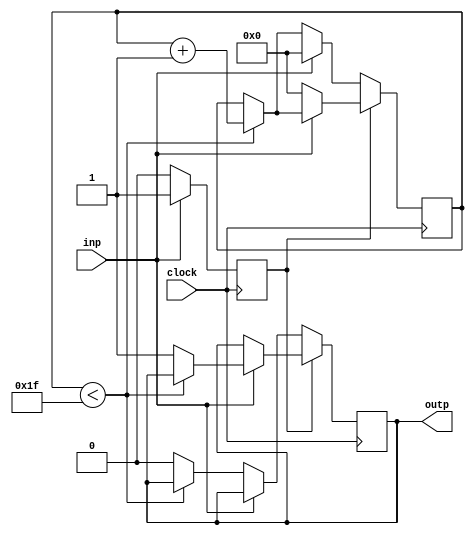
`timescale 1ns / 1ps
//////////////////////////////////////////////////////////////////////////////////
// Company: 
// Engineer: 
// 
// Design Name: 
// Module Name:    debounce 
// Project Name: 
// Target Devices: 
// Tool versions: 
// Description: 
//
// Dependencies: 
//
// Revision: 
// Revision 0.01 - File Created
// Additional Comments: 
//
//////////////////////////////////////////////////////////////////////////////////
module debounce(
    input clock,
    input inp,
    output reg outp
    );
reg [4:0]count;
reg st;

always @(posedge clock)
begin
	if(st==0)
	begin
		if(~inp)
		begin
			if(count < 31)
				count <= count + 1;
			else
				outp <= 1'b0;
		end
		else
		begin
			st    <= 1'b1;
			count <= 4'b0;
		end
	end
	else
	begin
		if(inp)
			if(count < 31)
				count <= count + 1;
			else
				outp <= 1'b1;
		else
		begin
			st    <= 1'b0;
			count <= 4'b0;
		end	
	end
end

endmodule